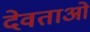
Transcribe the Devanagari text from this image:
देवताओं